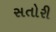
સતોરી